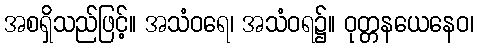
အစရှိသည်ဖြင့်။ အသံဝရေ၊ အသံဝရ၌။ ဝုတ္တနယေနေဝ၊